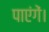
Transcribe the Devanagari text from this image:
पाएंगें।